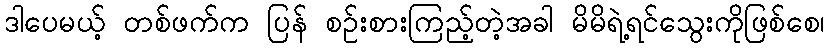
ဒါပေမယ့် တစ်ဖက်က ပြန် စဉ်းစားကြည့်တဲ့အခါ မိမိရဲ့ရင်သွေးကိုဖြစ်စေ၊